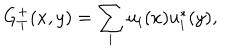
LaTeX: G _ { T } ^ { + } ( x , y ) = \sum _ { i } u _ { i } ( x ) u _ { i } ^ { * } ( y ) ,